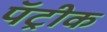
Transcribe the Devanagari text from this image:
पॅट्रीक